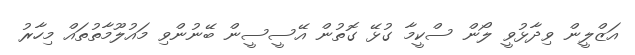
އަޒްލީން ވިދާޅުވީ ލޯން ސްކީމާ ގުޅޭ ގޮތުން އޭސީސީން ބޭނުންވި މައުލޫމާތުތައް މިހާރު